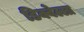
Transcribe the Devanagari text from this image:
डिक्वेल्ला